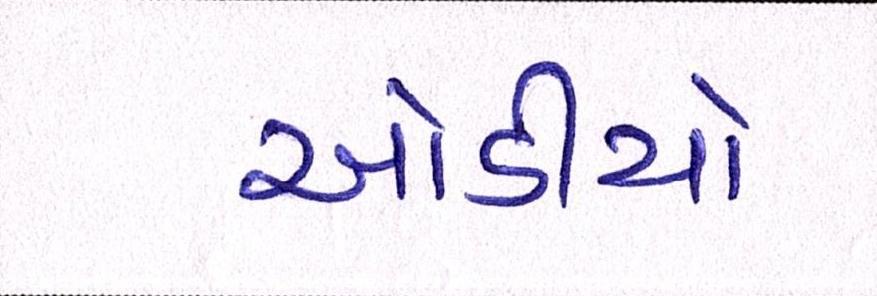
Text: ઓડીયો